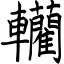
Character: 轥